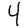
Digit: 4